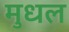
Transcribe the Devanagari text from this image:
मुधल